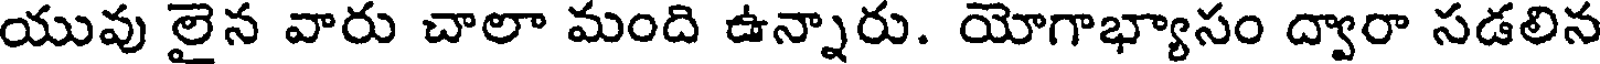
యువు లైన వారు చాలా మంది ఉన్నారు. యోగాభ్యాసం ద్వారా సడలిన